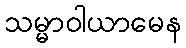
သမ္မာဝါယာမေန